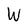
Character: W